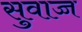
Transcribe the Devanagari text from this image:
सुवाच्च